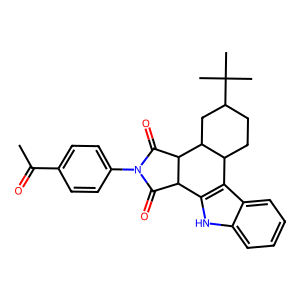
SMILES: CC(=O)c1ccc(N2C(=O)C3c4[nH]c5ccccc5c4C4CCC(C(C)(C)C)CC4C3C2=O)cc1
Inhibits HIV replication: No